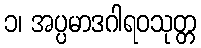
၁၊ အပ္ပမာဒဂါရဝသုတ္တ